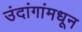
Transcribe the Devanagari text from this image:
उंदांगांमधून